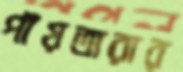
পাঁয়তারার